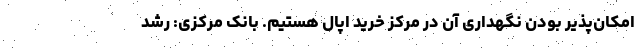
امکان‌پذیر بودن نگهداری آن در مرکز خرید اُپال هستیم. بانک مرکزی: رشد